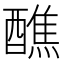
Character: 醮